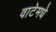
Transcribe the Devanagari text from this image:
वाटेमधे